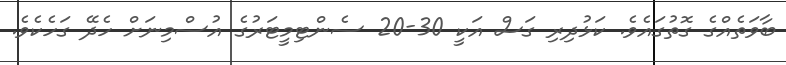
ބާވަތެއްގެ ގޮތުގައެވެ. ކަޅުދިރި ގަސް އަކީ 30-20 ސެންޓިމީޓަރުގެ އުސްމިނަށް ހެދޭ ގަހެކެވެ.